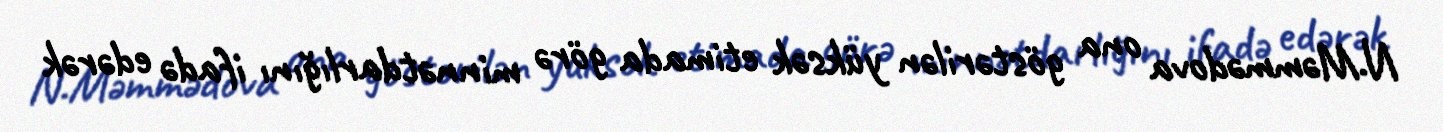
N.Məmmədova ona göstərilən yüksək etimada görə minnətdarlığını ifadə edərək